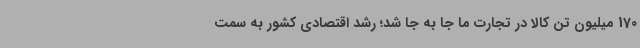
170 میلیون تن کالا در تجارت ما جا به جا شد؛ رشد اقتصادی کشور به سمت